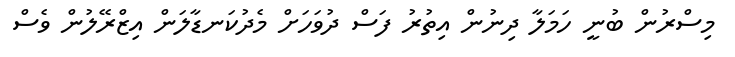
މިސްރުން ބުނީ ހަމަލާ ދިނުން އިތުރު ފަސް ދުވަހަށް މެދުކަނޑާލަން އިޒްރޭލުން ވެސް